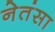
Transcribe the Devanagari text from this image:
नेतंसा